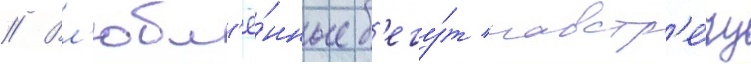
// Вл'юбл'ё́нные б'егу́т навстр'е́чу